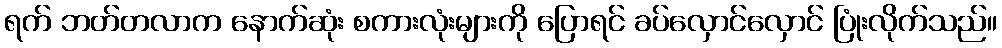
ရက် ဘတ်တလာက နောက်ဆုံး စကားလုံးများကို ပြောရင် ခပ်လှောင်လှောင် ပြုံးလိုက်သည်။